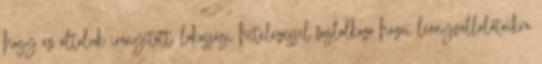
hogy az általuk irányított, lakossági hitelezéssel foglalkozó hazai leányvállalataikra